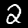
Digit: 2